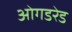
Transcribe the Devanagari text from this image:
ओगडरेड